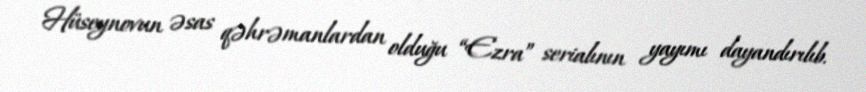
Hüseynovun əsas qəhrəmanlardan olduğu “Ezra” serialının yayımı dayandırılıb.